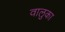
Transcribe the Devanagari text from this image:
वालुका